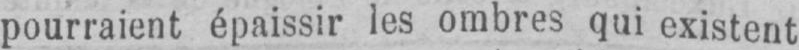
pourraient épaissir les ombres qui existent